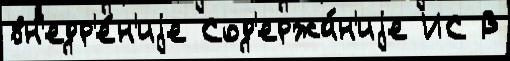
вн'едр'е́н'иjе Сод'ержа́н'иjе ИС В